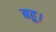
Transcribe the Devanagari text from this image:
बहू।